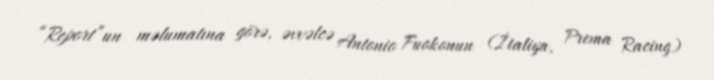
“Report”un məlumatına görə, əvvəlcə Antonio Fuokonun (İtaliya, Prema Racing)